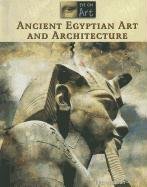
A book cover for Ancient Egyptian Art and Architecture (Eye on Art); Don Nardo; Teen & Young Adult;